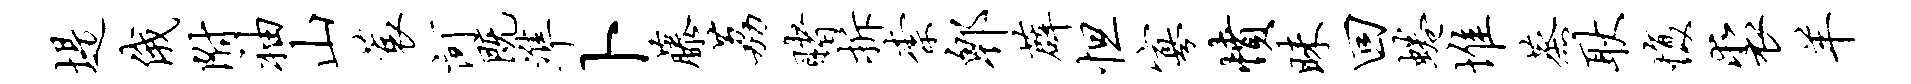
堤俄附袖山蓑河既准卜藤荔赌拆柰郫薜怛寡愤昧回蜷堆蒸耿愎裘羊